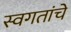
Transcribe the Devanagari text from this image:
स्वगतांचे